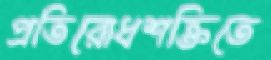
প্রতিরোধশক্তিতে